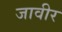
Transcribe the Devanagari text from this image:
जावीर